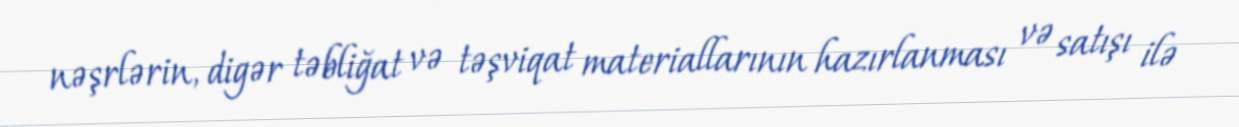
nəşrlərin, digər təbliğat və təşviqat materiallarının hazırlanması və satışı ilə